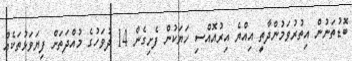
ބޮޑުތަނުން އިތުރުވަމުންދާތީ އިއްޔެ އިރުއޮއްސި ހަޔަކުން ފެށިގެން 14 ދުވަހުގެ މުއްދަތަށް ފިޔަވަޅުތަކެއް